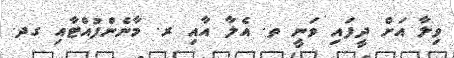
ވިލާ އަށް ދީފައި ވަނީ ތ. އެލާ އާއި ރ. މާނެންފުއްޓާއި ގދ.